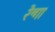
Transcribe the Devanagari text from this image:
रेन्गा